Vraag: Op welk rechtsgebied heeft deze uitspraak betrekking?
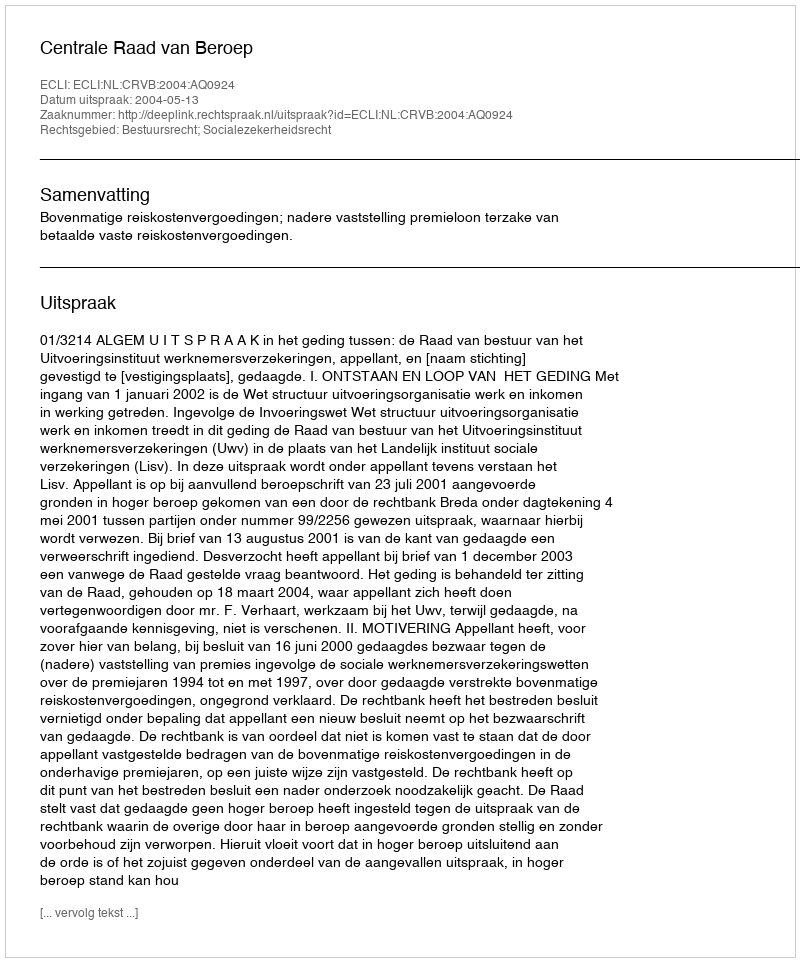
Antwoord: Bestuursrecht; Socialezekerheidsrecht